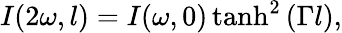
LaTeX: I(2\omega,l)=I(\omega,0)\operatorname{tanh}^{2}{(\Gamma l)},